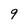
Character: 9